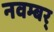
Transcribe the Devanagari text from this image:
नवम्बर्